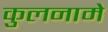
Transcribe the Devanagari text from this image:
कुलनामे